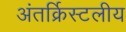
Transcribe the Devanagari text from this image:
अंतर्क्रिस्टलीय